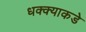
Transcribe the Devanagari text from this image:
धक्क्याकडे